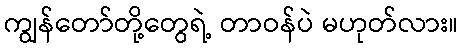
ကျွန်တော်တို့တွေရဲ့ တာဝန်ပဲ မဟုတ်လား။